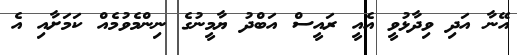
އޭނާ އަދި ވިދާޅުވީ އެއީ ރައީސް އަބްދު ޔާމީނުގެ ނިންމެވުމެއް ކަމަށާއި އެ